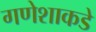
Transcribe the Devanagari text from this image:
गणेशाकडे